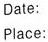
Date:  Place: